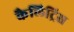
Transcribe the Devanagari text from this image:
कैलिट्रिस